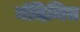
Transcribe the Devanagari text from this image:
नंदिमित्र